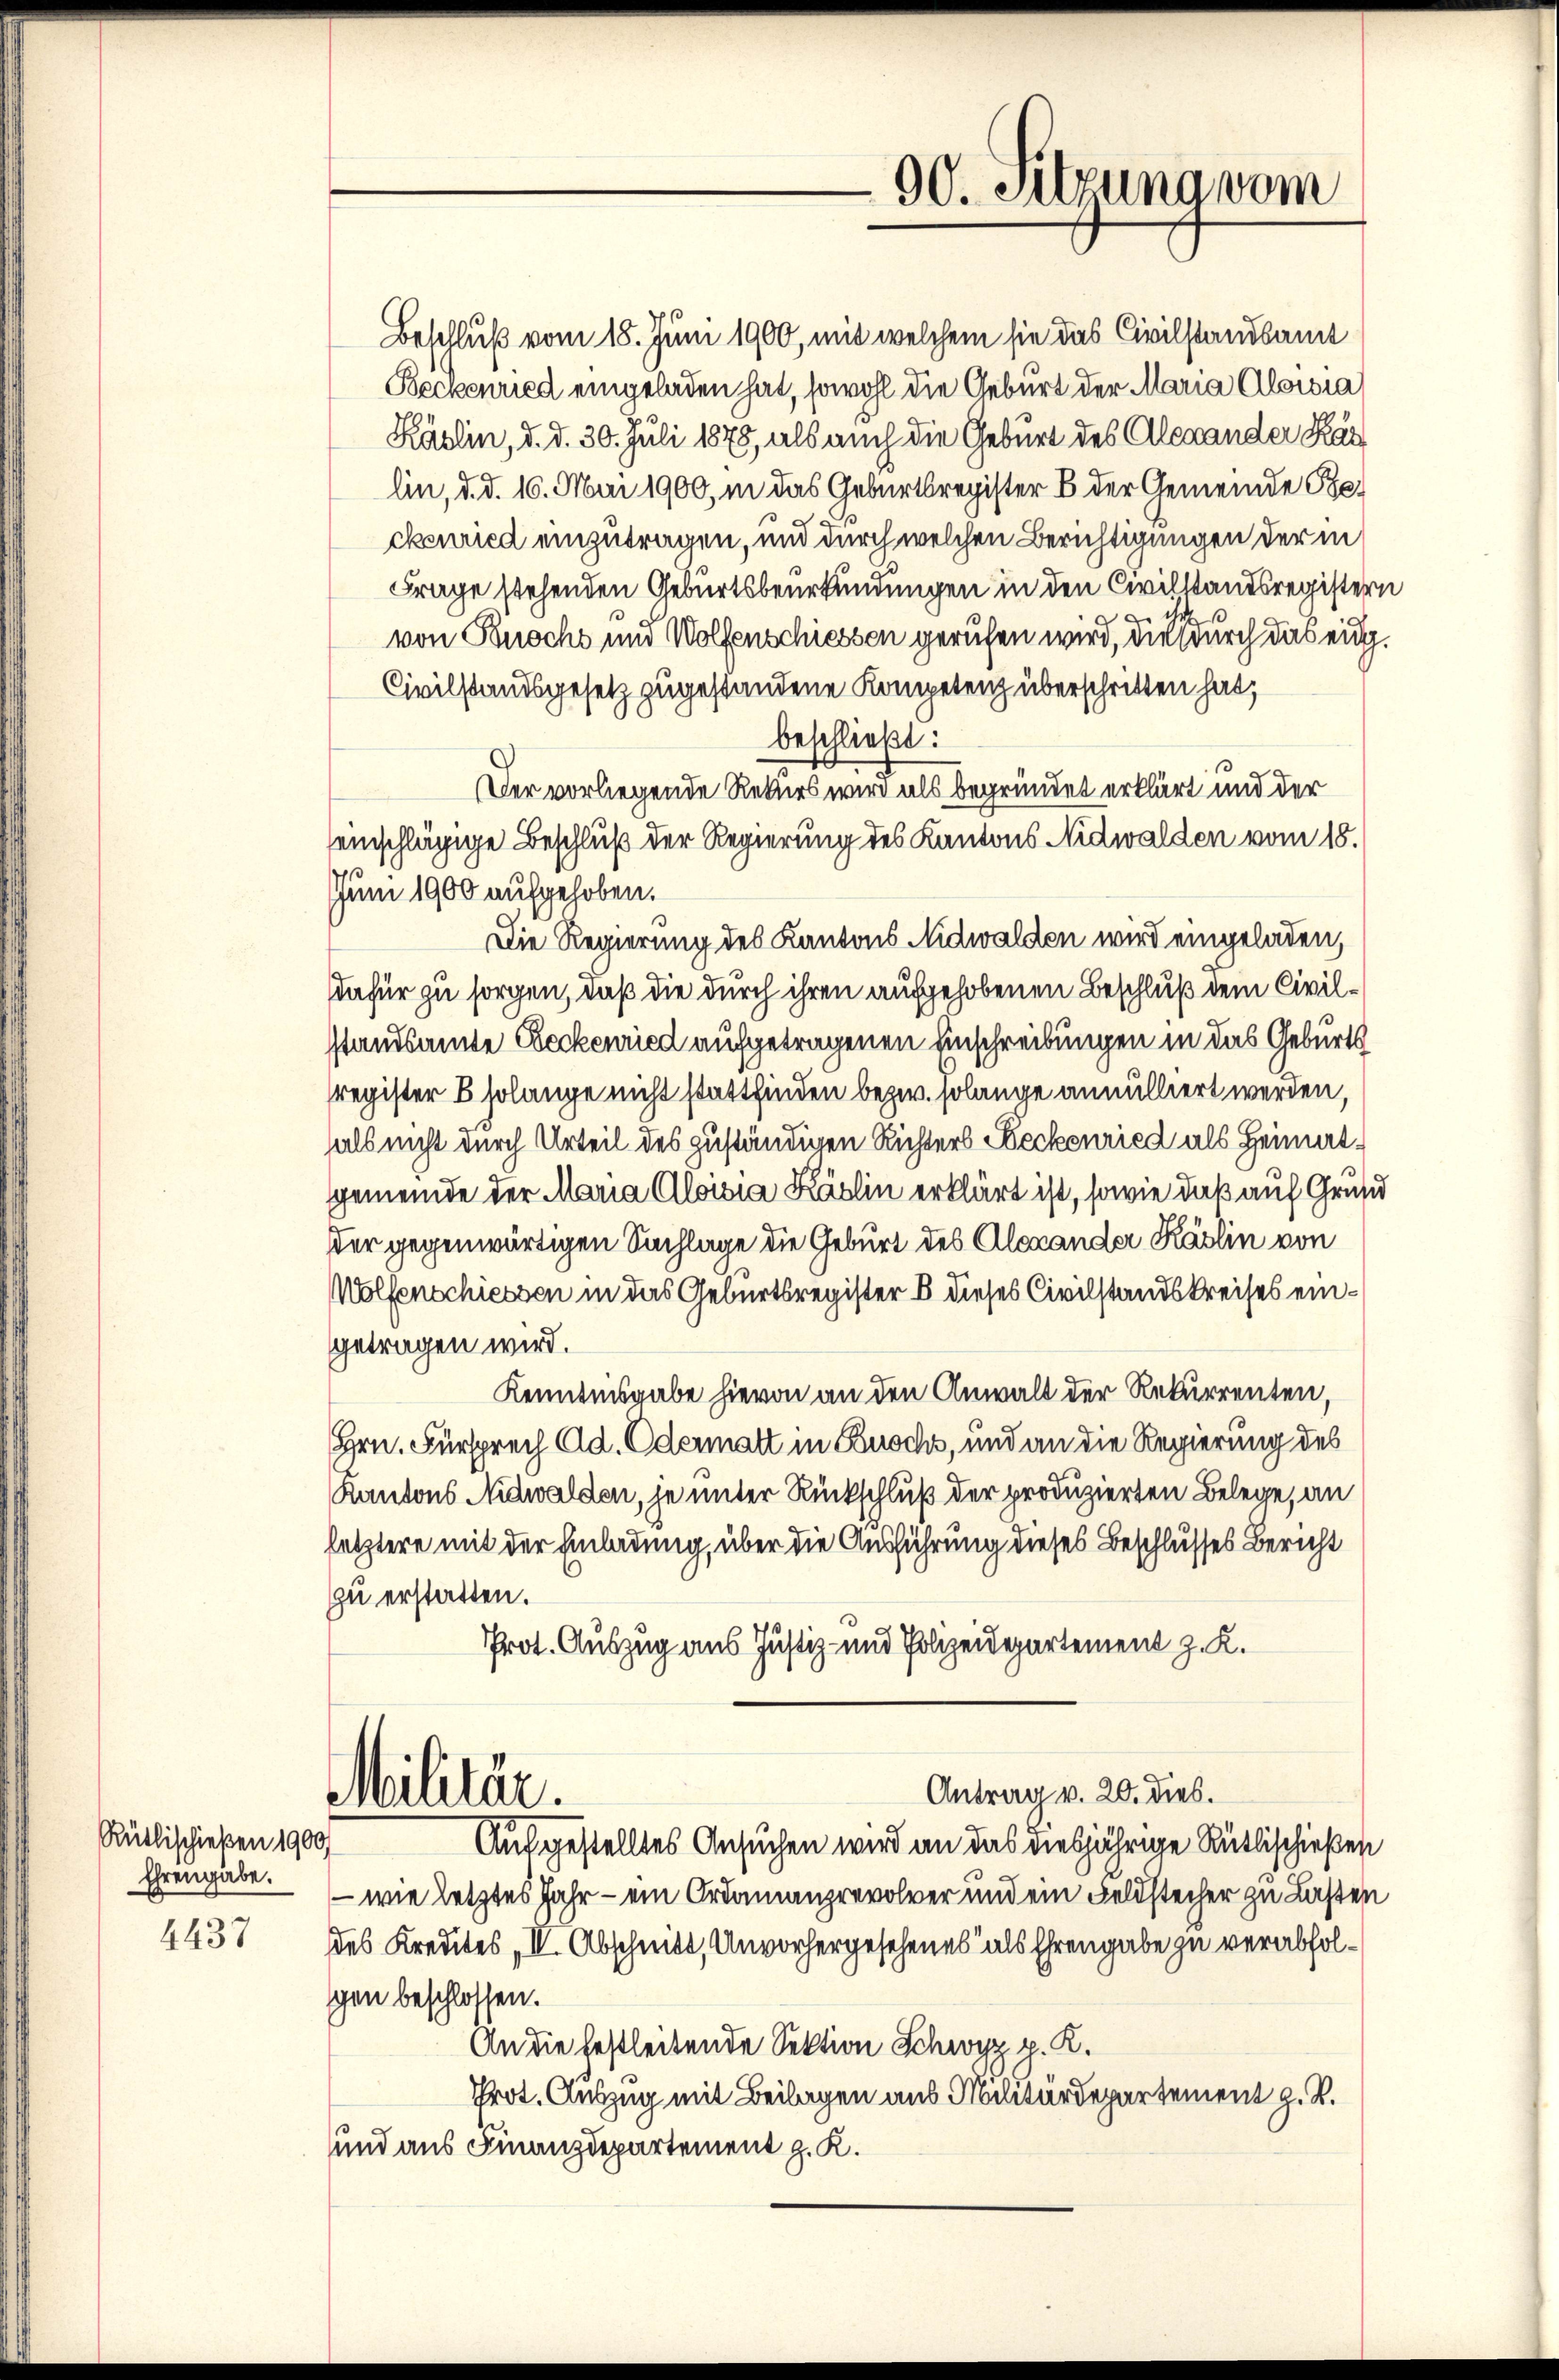
Rütlischießen 1900/
Ehrengabe.

4437

90. Sitzung vom

Beschluß vom 18. Juni 1900, mit welchem sie das Civilstandsamt
Beckenried eingeladen hat, sowohl die Geburt der Maria Aloisia
Käslin, d. d. 30. Juli 1875, als auch die Geburt des Alexander Kar
lin, d. d. 16. Mai 1900, in das Geburtsregister B. der Gemeinde Beckenried einzutragen, und durch welchen Berichtigungen der in
Frage stehenden Geburtsbeurkundungen in den Civilstandsregistervon Buochs und Wolfenschiessen gerufen wird, die durch das eidg.
Civilstandsgesetz zugestandene Kompetenz überschritten hat,
beschließt:
Der vorliegende Rekurs wird als begründet erklärt und der
seinschlägige Beschluß der Regierung des Kantons Nidwalden vom 18.
Jun 1900 aufgehoben.
Die Regierung des Kantons Nidwalden wird eingeladen,
dafür zu sorgen, daß die durch ihren aufgehobenen Beschluß dem Civilstandsamte Beckenried aufgetragenen Einschreibungen in das Geburts
register B solange nicht stattfinden bezw. solange annulliert werden,
als nicht durch Urteil des zuständigen Richters Seckenried als Heimat¬
Gemeinde der Maria Aloisia Käslin erklärt ist, sowie daß auf Grund
dder gegenwärtigen Sachlage die Geburt des Alexander Käslin von
Wolfenschiessen in das Geburtsregister B dieses Civilstandskreises eingetragen wird.
Kenntnisgabe hievon an den Anwalt der Rekurrenten,
Hrn. Fürsprech Ad. Odermatt in Busch, und an die Regierung des
Kantons Nidwalden, je unter Rückschluß der produzierten Belege, an
letztere mit der Einladung, über die Ausführung dieses Beschlusses Bericht
zu erstatten.
Prot. Auszug aus Justiz- und Polizeidepartement z. K.
Antrag v. 20. dies.
Militär.
Aufgestelltes Ansuchen wird an das diesjährige Rüttischießen
- wie letztes Jahr - ein Ordonanzrevolver und ein Feldstecher zu Lasten
des Kredites, II. Abschnitt, Unvorhergesehenes als Ehrengabe zu verabfolgen beschlossen.
An die festleitende Sektion Schwyz p. K.
Prot. Auszug mit Beilagen aus Militärdepartement z. R.
und aus Finanzdepartement z. K.